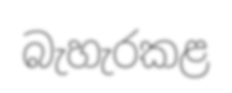
බැහැරකළ